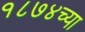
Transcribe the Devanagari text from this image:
१८७४च्या